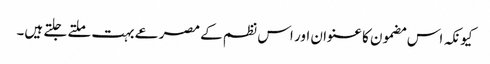
کیونکہ اس مضمون کا عنوان اور اس نظم کے مصرعے بہت ملتے جلتے ہیں۔